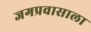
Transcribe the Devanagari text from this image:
जगप्रवासाला